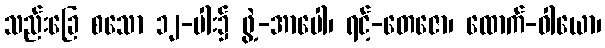
သည်းခြေ စသော ၁၂-ပါး၌ ဖွဲ့-အာပေါ၊ ရင့်-တေဇော၊ ထောက်-ဝါယော၊